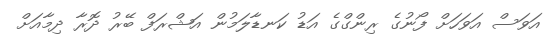
އަވަސް އަވަހަށް ފޯނުގެ ރިންގްގެ އަޑު ކަނޑާލަމުން އަޝްރަފް ބޭރު ދޮރާ ދިމާއަށް